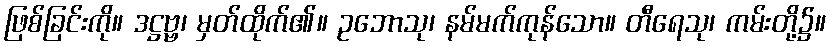
ဖြစ်ခြင်းကို။ ဒဋ္ဌဗ္ဗ၊ မှတ်ထိုက်၏။ ဥဘောသု၊ နမ်မက်ကုန်သော။ တီရေသု၊ ကမ်းတို့၌။